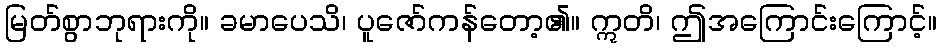
မြတ်စွာဘုရားကို။ ခမာပေသိ၊ ပူဇော်ကန်တော့၏။ ဣတိ၊ ဤအကြောင်းကြောင့်။